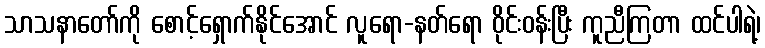
သာသနာတော်ကို စောင့်ရှောက်နိုင်အောင် လူရော-နတ်ရော ဝိုင်းဝန်းပြီး ကူညီကြတာ ထင်ပါရဲ့၊